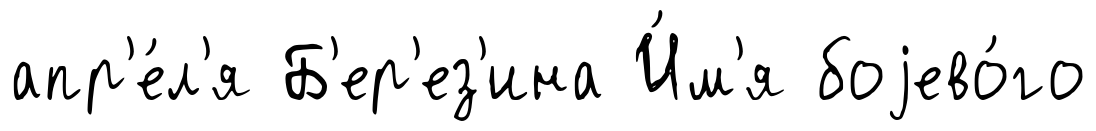
апр'е́л'я Б'ер'ез'ина И́м'я боjево́го